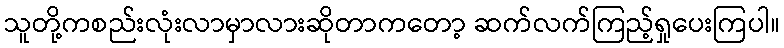
သူတို့ကစည်းလုံးလာမှာလားဆိုတာကတော့ ဆက်လက်ကြည့်ရှုပေးကြပါ။